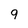
Character: 9